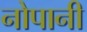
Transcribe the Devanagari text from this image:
नोपानी